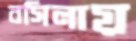
বসিলায়